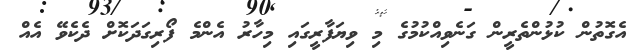
އެގޮތުން ކުޅުންތެރީން ގަނެވިއްކުމުގެ މި ވިޔަފާރީގައި މިހާރު އެންމެ ފޯރިގަދަކޮށް ދެކެވޭ އެއް